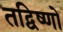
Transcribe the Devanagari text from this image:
तद्विष्णो